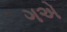
ગએ